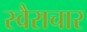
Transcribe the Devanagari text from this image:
स्वैराचार